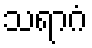
သရာဂံ